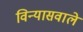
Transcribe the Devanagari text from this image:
विन्यासवाले